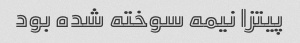
پیتزا نیمه سوخته شده بود